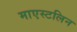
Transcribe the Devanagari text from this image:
माएस्टलिन